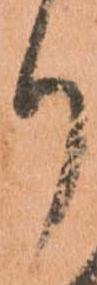
り